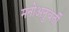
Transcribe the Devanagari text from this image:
मनोअनुवर्ती